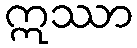
ဣဿာ